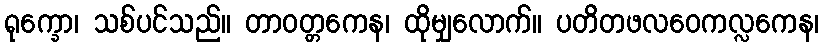
ရုက္ခော၊ သစ်ပင်သည်။ တာဝတ္တကေန၊ ထိုမျှလောက်။ ပတိတဖလဝေကလ္လကေန၊